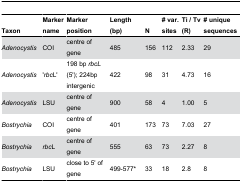
<table><thead><tr><td><b>Taxon</b></td><td><b>Marker name</b></td><td><b>Marker position</b></td><td><b>Length (bp)</b></td><td><b>N</b></td><td><b># var. sites</b></td><td><b>Ti / Tv (R)</b></td><td><b># unique sequences</b></td></tr></thead><tbody><tr><td><i>Adenocystis</i></td><td>COI</td><td>centre of gene</td><td>485</td><td>156</td><td>112</td><td>2.33</td><td>29</td></tr><tr><td><i>Adenocystis</i></td><td>&#x27;<i>rbc</i>L&#x27;</td><td>198 bp <i>rbcL</i> (5&#x27;); 224bp intergenic</td><td>422</td><td>98</td><td>31</td><td>4.73</td><td>16</td></tr><tr><td><i>Adenocystis</i></td><td>LSU</td><td>centre of gene</td><td>900</td><td>58</td><td>4</td><td>1.00</td><td>5</td></tr><tr><td><i>Bostrychia</i></td><td>COI</td><td>centre of gene</td><td>401</td><td>173</td><td>73</td><td>7.03</td><td>27</td></tr><tr><td><i>Bostrychia</i></td><td><i>rbc</i>L</td><td>centre of gene</td><td>555</td><td>63</td><td>73</td><td>2.27</td><td>8</td></tr><tr><td><i>Bostrychia</i></td><td>LSU</td><td>close to 5&#x27; of gene</td><td>499-577*</td><td>33</td><td>18</td><td>2.8</td><td>8</td></tr></tbody></table>